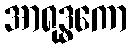
အာရုဒ္ဓကော